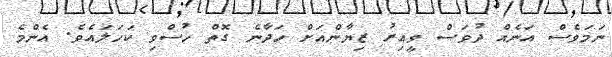
ނަމަވެސް އަނެއް ދުވަސް ވީއިރު ޒިޔާންއަށް ހަދާނެ ގޮތް ހުސްވި ކަހަލައެވެ. އެންމެ